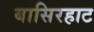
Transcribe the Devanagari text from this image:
बासिरहाट